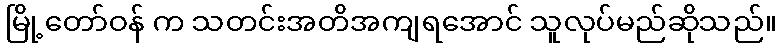
မြို့တော်ဝန် က သတင်းအတိအကျရအောင် သူလုပ်မည်ဆိုသည်။